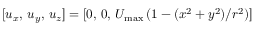
[ u _ { x } , \, u _ { y } , \, u _ { z } ] = [ 0 , \, 0 , \, U _ { \mathrm { m a x } } \, ( 1 - ( x ^ { 2 } + y ^ { 2 } ) / r ^ { 2 } ) ]